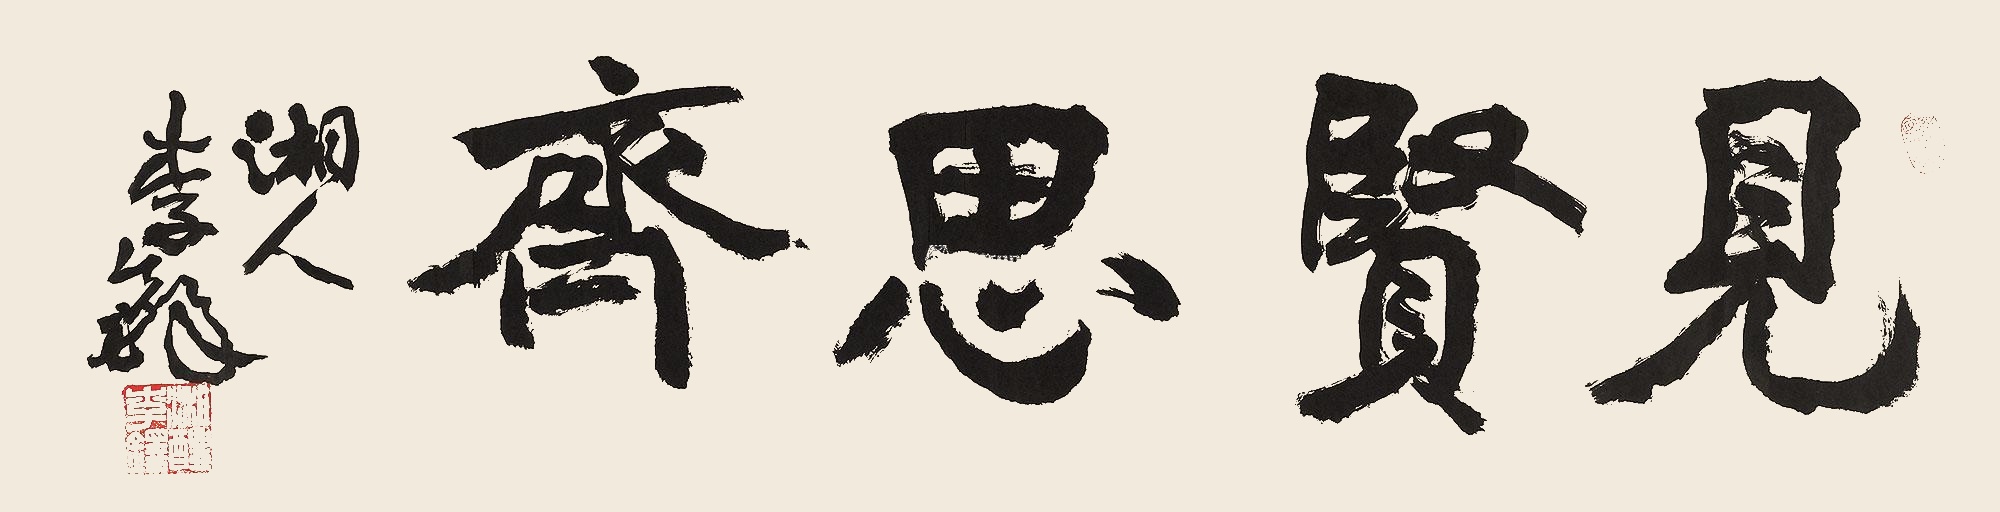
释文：见贤思齐。湘人李铎。